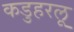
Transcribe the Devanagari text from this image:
कडुहरलू